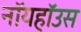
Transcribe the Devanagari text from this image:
नॉयहॉउस